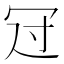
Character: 𠖁